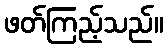
ဖတ်ကြည့်သည်။